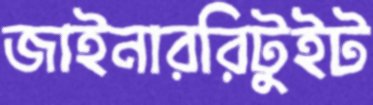
জাইনাররিটুইট